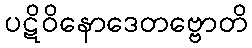
ပဋိဝိနောဒေတဗ္ဗောတိ